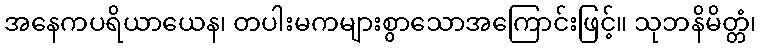
အနေကပရိယာယေန၊ တပါးမကများစွာသောအကြောင်းဖြင့်။ သုဘနိမိတ္တံ၊